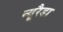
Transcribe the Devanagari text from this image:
न्यूरैडा